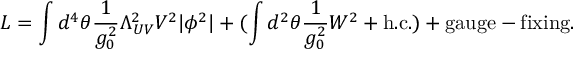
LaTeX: { \cal L } = \int d ^ { 4 } \theta \frac { 1 } { g _ { 0 } ^ { 2 } } \Lambda _ { U V } ^ { 2 } V ^ { 2 } | \phi ^ { 2 } | + ( \int d ^ { 2 } \theta \frac { 1 } { g _ { 0 } ^ { 2 } } { \cal W } ^ { 2 } + \mathrm { h . c . } ) + \mathrm { g a u g e - f i x i n g } .